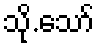
သို.သော်